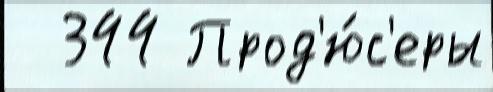
  344 Прод'ю́с'еры